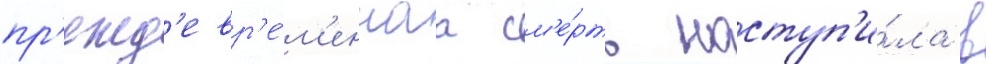
пр'ежд'евр'е́м'еннаа см'е́рть наступ'и́ла в